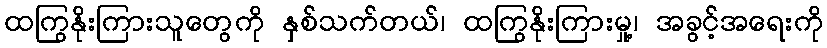
ထကြွနိုးကြားသူတွေကို နှစ်သက်တယ်၊ ထကြွနိုးကြားမှု့၊ အခွင့်အရေးကို